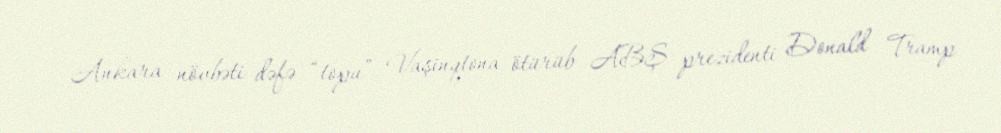
Ankara növbəti dəfə “topu” Vaşinqtona ötürüb ABŞ prezidenti Donald Tramp